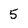
Character: 5